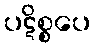
ပဋိစ္စပေ